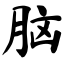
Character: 脑